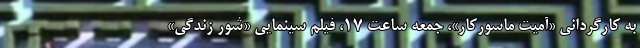
به کارگردانی «آمیت ماسورکار»، جمعه ساعت ۱۷، فیلم سینمایی «شور زندگی»